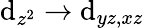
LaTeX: \mathrm{d}_{z^{2}}\rightarrow\mathrm{d}_{yz,xz}